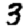
Digit: 3